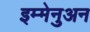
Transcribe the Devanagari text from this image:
इम्मेनुअन